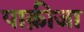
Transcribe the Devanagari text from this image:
पाक़ीजा